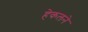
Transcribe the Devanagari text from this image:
हेकलने